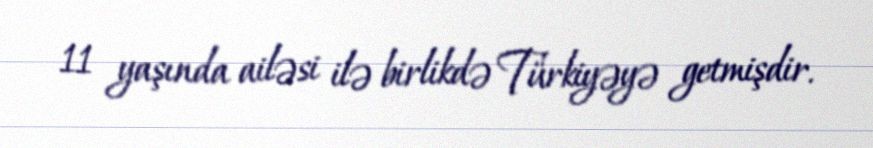
11 yaşında ailəsi ilə birlikdə Türkiyəyə getmişdir.